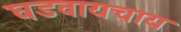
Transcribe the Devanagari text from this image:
घडवायचाय